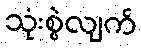
သုံးစွဲလျက်